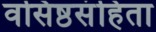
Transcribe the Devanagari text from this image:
वसिष्ठसंहिता